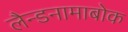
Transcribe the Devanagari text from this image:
लैन्डनामाबोक